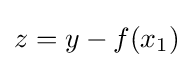
z=y-f(x_{1})